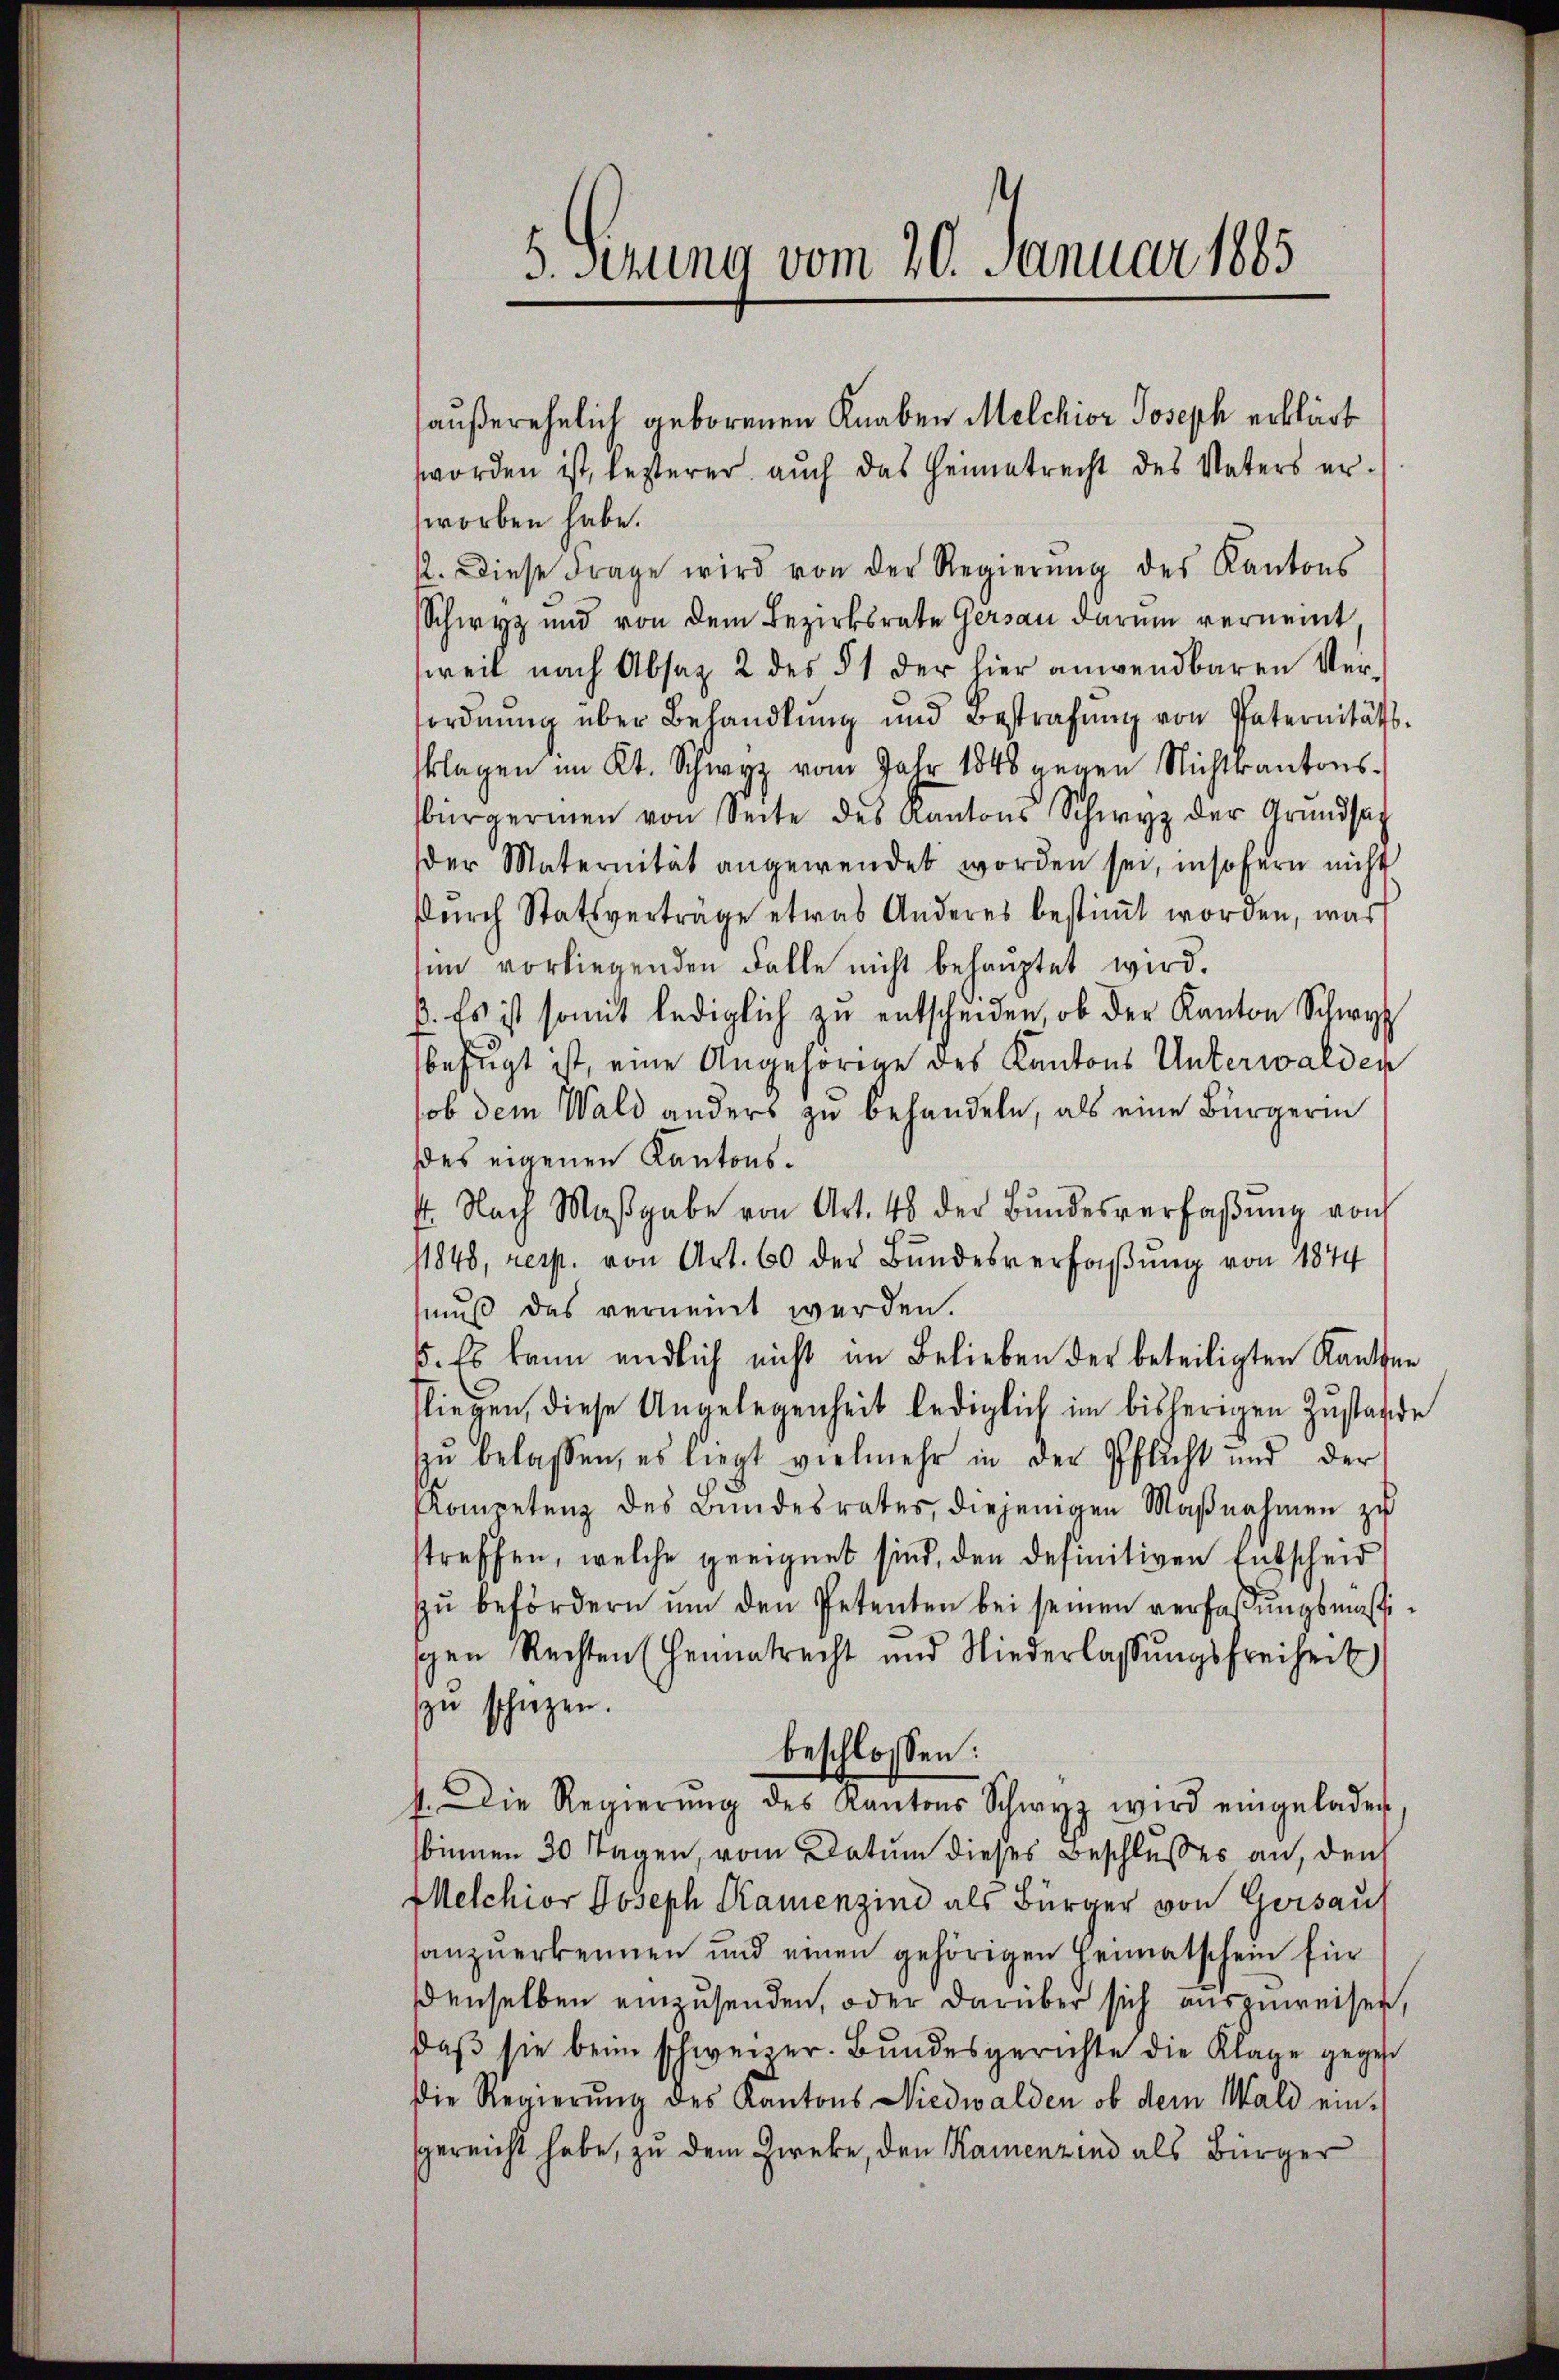
h

haußerehelich geborenen Knaben Melchior Joseph erklärt
worden ist, lezterer auch das Heimatrecht des Vaters er-
worben habe.
. Diese Frage wird von der Regierŭng des Kantons
Schwyz und von dem Bezirksrate Gersau darum verneint
weil nach Absatz 2 des § 1 der hier anwendbaren Versordnung über Behandlung und Bestrafŭng von Paternitätsklagen im Kt. Schwyz vom Jahr 1848 gegen Nichtkantons-
bürgermen von Seite des Kantons Schwyz der Grundsatz
der Maternität angewendet worden sei, insofern nicht
dŭrch Statsverträge etwas Anderes bestiṁt worden, was
sin vorliegenden Falle nicht behauptet wird.
ß. Es ist somit lediglich zŭ entscheiden, ob der Kanton Schwyz
befugt ist, eine Angehörige des Kantons Unterwalden
ob dem Wald anders zu behandeln, als eine Bürgerin
des eigenen Kantons¬
4. Nach Maβgabe von Art. 48 der Bŭndesverfaβŭng von
11848, resp. von Art. 60 der Bundesverfaßung von 1844
muß das verneint werden.
5. Es kann endlich nicht im Belieben der beteiligten Kanton
fliegen, diese Angelegenheit lediglich im bisherigen Zustande
zu belassen, es liegt vielmehr in der Pflicht und der
Komentenz des Bundesrates, diejenigen Maβnahmen zu
streffen, welche geeignet sind, den definitiven Entscheid
zŭ befördern ŭm den Petenten bei seinen verfassŭngsmässischen Rechten (Heimatrecht und Niederlassŭngsfreiheit
zu schüzen.
beschlossen:
4. Die Regierŭng des Kantons Schwyz wird eingeladen
binnen 30 Tagen, vom Datum dieses Beschlusses an, den
Melchior Joseph Kamenzind als Bürger von Gersau
anzuerkennen und einen gehörigen Heimatschein für
denselben einzusenden, oder darüber sich auszuweisen,
daβ sie beim schweizer. Bundesgerichte die Klage gegeb
die Regierung des Kantons Niedwalden, ob dem Wald einggereicht habe, zu dem Zweke, den Kamenzind als Bürger

5. sezung vom 20. Januar 1865